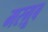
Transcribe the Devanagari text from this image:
मरग़ूूब